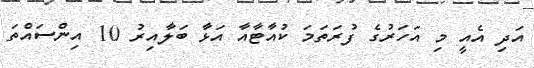
އަދި އެއީ މި އަހަރުގެ ފުރަތަމަ ކުއާޓާއާ އަޅާ ބަލާއިރު 10 އިންސައްތަ